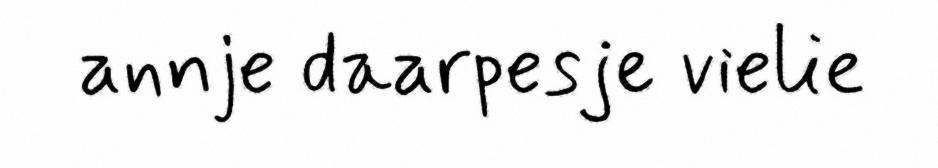
annje daarpesje vielie